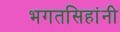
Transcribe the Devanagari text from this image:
भगतसिहांनी